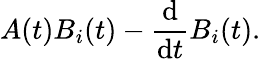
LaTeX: A(t)B_{i}(t)-{\frac{\mathrm{d}}{\mathrm{d}t}}B_{i}(t).